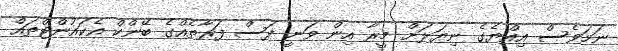
ނަމަވެސް އިއްޔެގެ ނިޔަލަށް މީރާ އިން ވަނީ ފަސް ފަރާތެއްގެ ބޭންކް އެކައުންޓްތައް